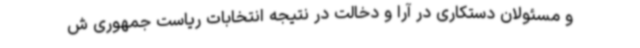
و مسئولان دستکاری در آرا و دخالت در نتیجه انتخابات ریاست جمهوری ش